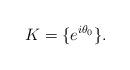
LaTeX: \begin{align*}K=\{e^{i\theta_0}\}.\end{align*}